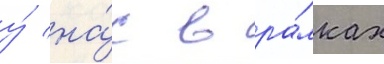
у́ на́с в ра́мках